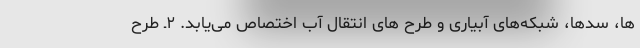
ها، سدها، شبکه‌های آبیاری و طرح های انتقال آب اختصاص می‌یابد. ۲ـ طرح